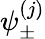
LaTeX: \psi_{\pm}^{(j)}